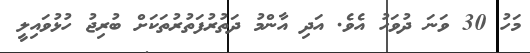
މަހު 30 ވަނަ ދުވަހު އެވެ. އަދި އާންމު ދަތުރުފަތުރުތަކަށް ބުރިޖު ހުޅުވައިލީ